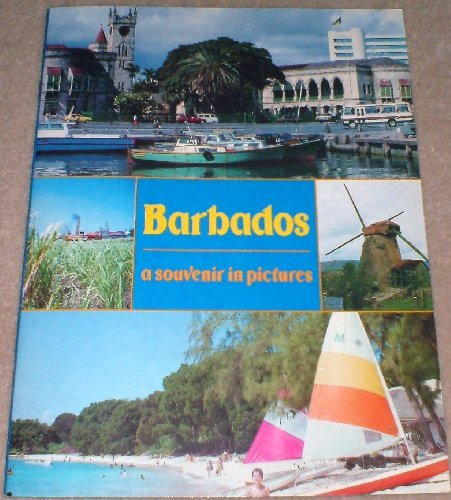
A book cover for Barbados Souvenir in Pictures; A. Lenbo; Travel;